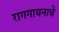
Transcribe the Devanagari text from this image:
रागगायनाचे